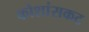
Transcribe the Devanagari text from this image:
कोशांसकट